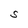
Character: S